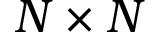
N \times N